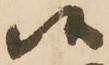
候